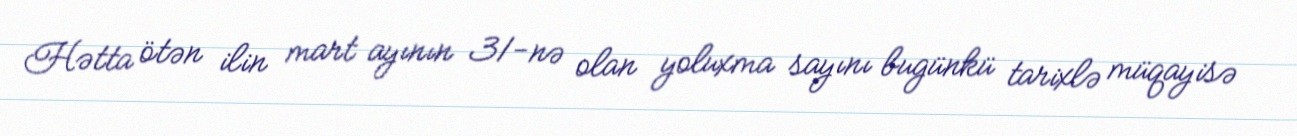
Hətta ötən ilin mart ayının 31-nə olan yoluxma sayını bugünkü tarixlə müqayisə